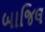
બાજિલ